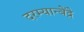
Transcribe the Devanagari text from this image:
दरम्यान्बेंद्रे